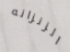
الزنزانه